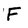
Character: F